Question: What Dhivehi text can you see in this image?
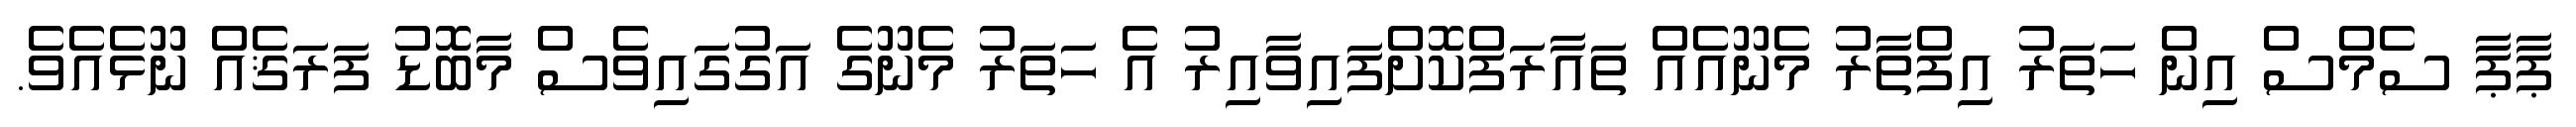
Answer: ޕާޕާ ސެމްސް އިން ހަތަރު އިފްތާރު މެނޫއެއް ތައާރަފްކޮށްފައިވާއިރު އެ ހަތަރު މެނޫގެ އަގުގައިވެސް މާބޮޑު ފަރަޤެއް ނޫޅެއެވެ.